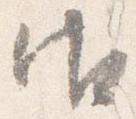
御